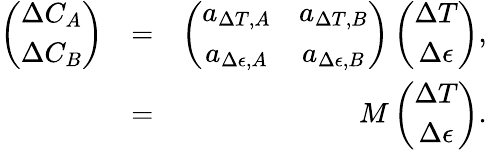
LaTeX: \begin{array}{rlr}{\left(\begin{array}{c}{\Delta C_{A}}\\ {\Delta C_{B}}\end{array}\right)}&{=}&{\left(\begin{array}{cc}{a_{\Delta T,A}}&{a_{\Delta T,B}}\\ {a_{\Delta\epsilon,A}}&{a_{\Delta\epsilon,B}}\end{array}\right)\left(\begin{array}{c}{\Delta T}\\ {\Delta\epsilon}\end{array}\right),}\\ &{=}&{M\left(\begin{array}{c}{\Delta T}\\ {\Delta\epsilon}\end{array}\right).}\end{array}